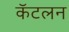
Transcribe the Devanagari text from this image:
कॅटलन